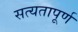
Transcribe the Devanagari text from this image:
सत्यतापूर्ण